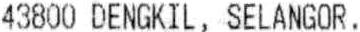
43800 DENGKIL, SELANGOR.